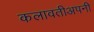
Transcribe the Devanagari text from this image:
कलावतीअपनी